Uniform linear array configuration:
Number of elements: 24
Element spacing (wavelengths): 0.25
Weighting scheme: cosine
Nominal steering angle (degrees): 0
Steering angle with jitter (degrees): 1.386
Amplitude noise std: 0.05
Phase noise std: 0.05

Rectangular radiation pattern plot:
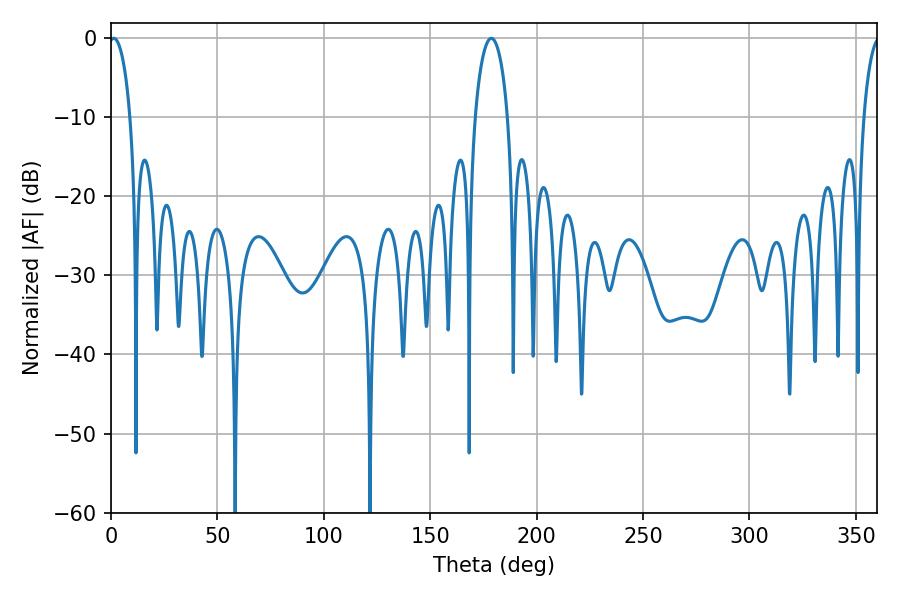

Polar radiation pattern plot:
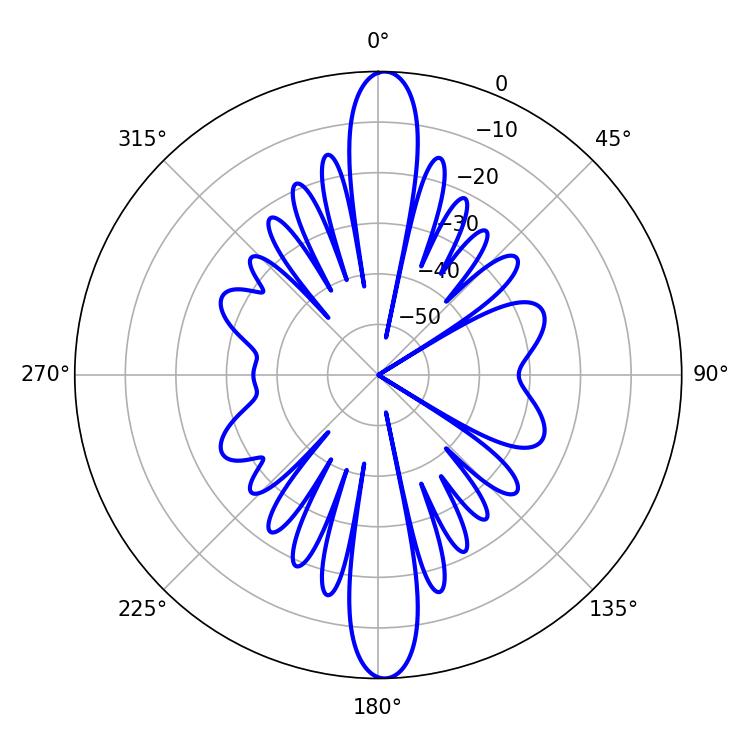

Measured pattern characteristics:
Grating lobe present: FALSE
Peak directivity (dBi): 24.202
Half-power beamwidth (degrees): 5.76
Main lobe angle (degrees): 1.26